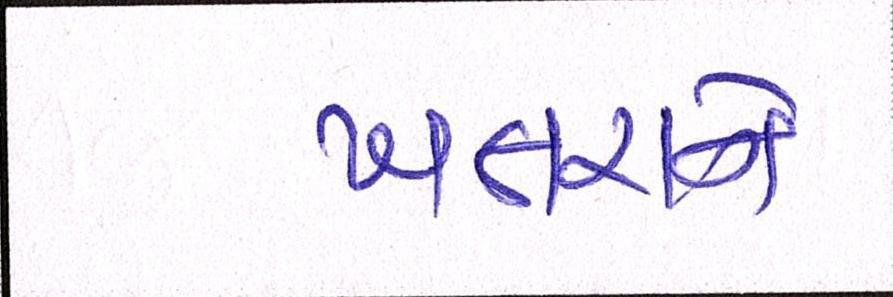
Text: ખતરાને